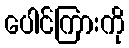
ပေါင်ကြားကို